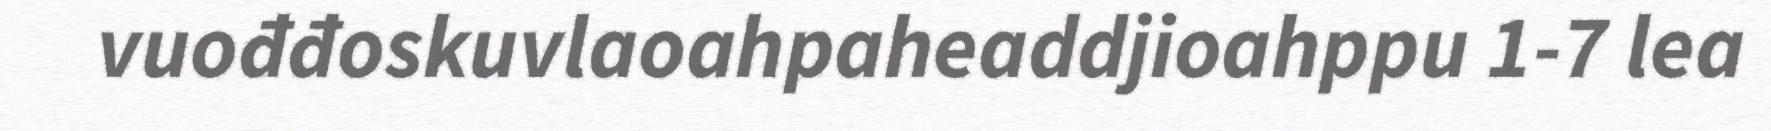
vuođđoskuvlaoahpaheaddjioahppu 1-7 lea